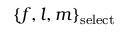
\{ f , l , m \} _ { \mathrm { s e l e c t } }